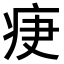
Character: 𤵵